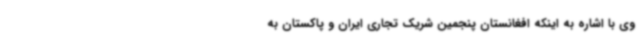
وی با اشاره به اینکه افغانستان پنجمین شریک تجاری ایران و پاکستان به